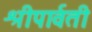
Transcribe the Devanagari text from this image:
श्रीपार्वती